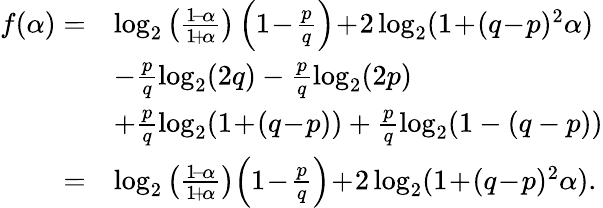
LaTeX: \begin{array}{rl}{f(\alpha)=}&{\log_{2}\left(\frac{1\! -\! \alpha}{1\! +\! \alpha}\right)\left(1\! -\! \frac{p}{q}\right)\! +\! 2\log_{2}(1\! +\! (q\! -\! p)^{2}\alpha)}\\ &{-\frac{p}{q}\log_{2}(2q)-\frac{p}{q}\log_{2}(2p)}\\ &{+\frac{p}{q}\log_{2}(1\! +\! (q\! -\! p))+\frac{p}{q}\log_{2}(1-(q-p))}\\ {=}&{\log_{2}\left(\frac{1\! -\! \alpha}{1\! +\! \alpha}\right)\! \left(1\! -\! \frac{p}{q}\right)\! +\! 2\log_{2}(1\! +\! (q\! -\! p)^{2}\alpha).}\end{array}